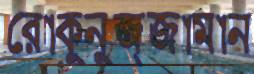
রোকুনুজ্জামান